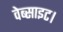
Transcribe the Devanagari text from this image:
वेब्साइट।